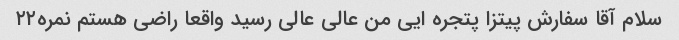
سلام آقا سفارش پیتزا پتجره ایی من عالی عالی رسید واقعا راضی هستم نمره۲۲